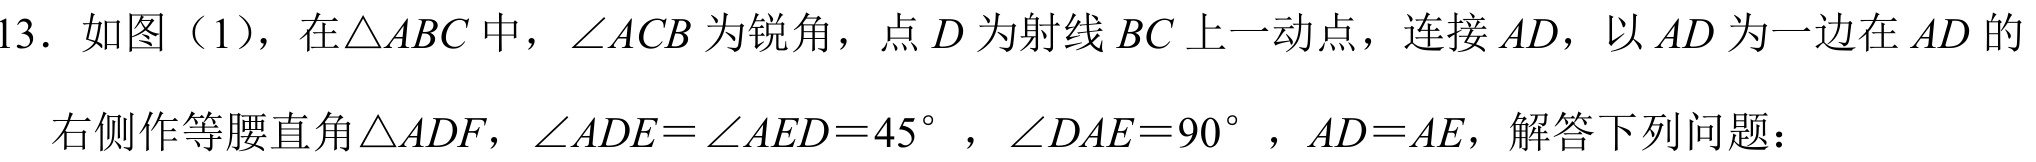
13. 如图（1），在\(\triangle ABC\)中，\(\angle ACB\)为锐角，点\(D\)为射线\(BC\)上一动点，连接\(AD\)，以\(AD\)为一边在\(AD\)的
右侧作等腰直角\(\triangle ADF\)，\(\angle ADE = \angle AED = 45^{\circ}\) ，\(\angle DAE = 90^{\circ}\)，\(AD = AE\)，解答下列问题：